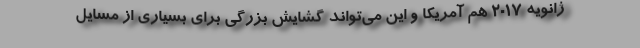
ژانویه 2017 هم آمریکا و این می‌تواند گشایش بزرگی برای بسیاری از مسایل